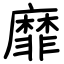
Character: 靡